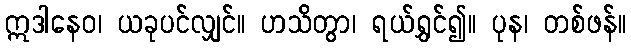
ဣဒါနေဝ၊ ယခုပင်လျှင်။ ဟသိတွာ၊ ရယ်ရွှင်၍။ ပုန၊ တစ်ဖန်။